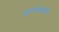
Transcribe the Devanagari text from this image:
जायफळासाठी